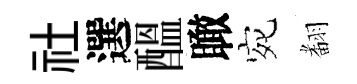
社選醖瞰宛𮋒